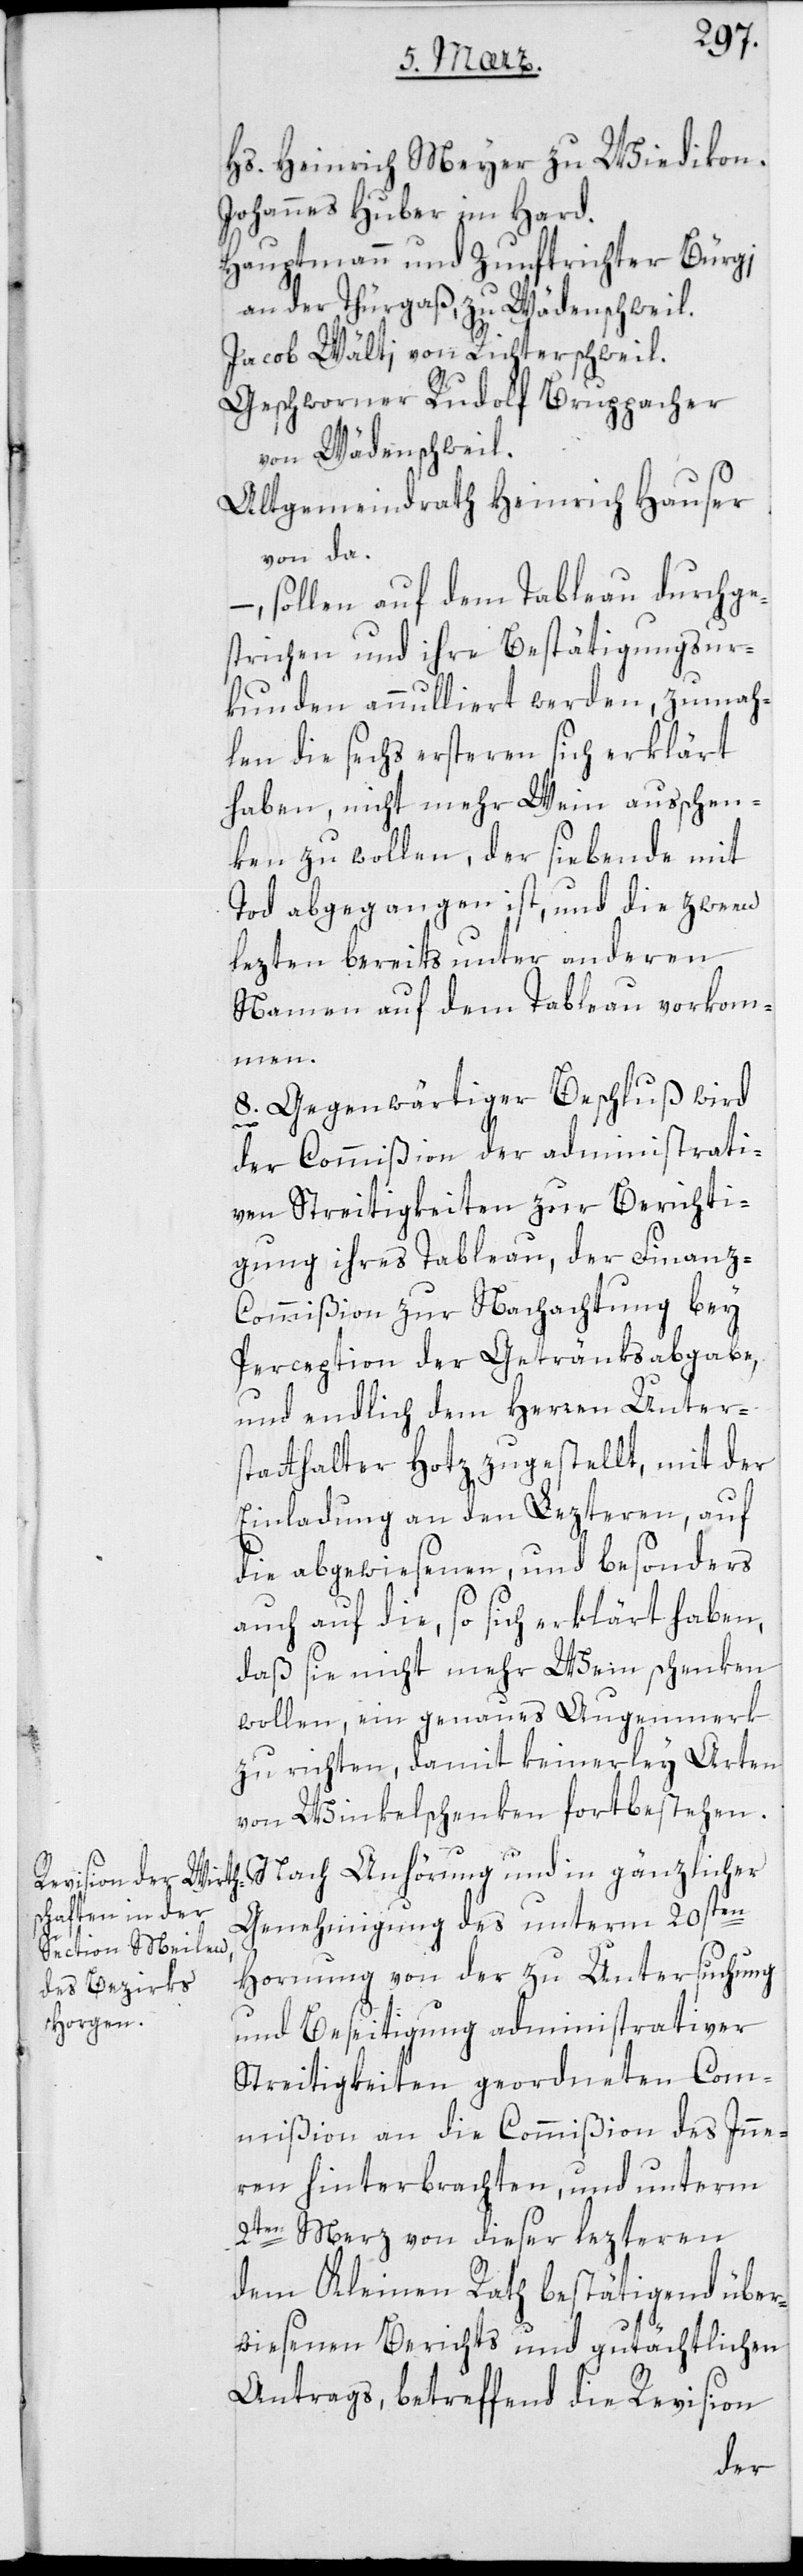
Hs. Heinrich Meyer zu Wiedikon.
Johannes Huber im Hard.
Hauptmann und Zunftrichter Bürgi,
an der Thürgaß zu Wädenschweil
Jacob Wälti von Richterschweil
Geschworner Rudolf Bruppacher
von Wädenschweil.
Altgemeindrath Heinrich Hauser
von da;
sollen auf dem Tableau durchge¬
strichen und ihre Bestätigungsur¬
kunden annulliert werden, zumah¬
len die sechs ersteren sich erklärt
haben, nicht mehr Wein ausschen¬
ken zu wollen, der siebente mit
Tod abgegangen ist, und die zween
lezten bereits unter anderen
Namen auf dem Tableau vorkom¬
men.
8. Gegenwärtiger Beschluß wird
der Commißion der administrati¬
ven Streitigkeiten zur Berichti¬
gung ihres Tableau, der Finan¬
z-Commißion zur Nachachtung bey
Perception der Getränksabgabe,
und endlich dem Herren Unter¬
statthalter Hotz zugestellt, mit der
Einladung an den lezteren, auf
die abgewiesenen und besonders
auch auf die, so sich erklärt haben,
daß sie nicht mehr Wein schenken
wollen, ein genaues Augenmerk
zu richten, damit keinerley Arten
von Winkelschenken fortbestehen.
Nach Anhörung und in gänzlicher
Genehmigung des unterm 20sten
Hornung von der zu Untersuchung
und Beseitigung administrativer
Streitigkeiten geordneten Com¬
mißin an die Commißion des Inne¬
rn hinterbrachten, und unterm
2ten Merz von dieser lezteren
dem Kleinen Rath bestätigend über¬
wiesenen Berichts und gutächtlichen
Antrags, betreffend die Revision